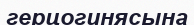
герцогинясына